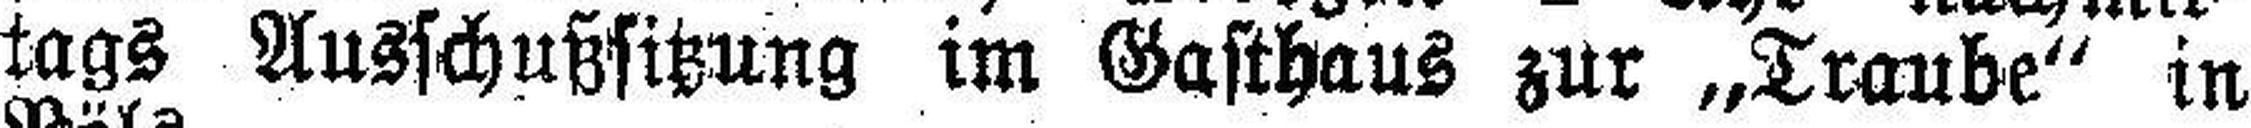
tags Ausschußsitzung im Gasthaus zur „Traube“ in